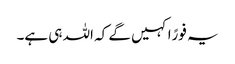
یہ فورًاکہیں گے کہ اللہ ہی ہے۔